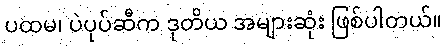
ပထမ၊ ပဲပုပ်ဆီက ဒုတိယ အများဆုံး ဖြစ်ပါတယ်။